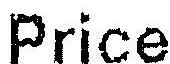
PRICE